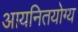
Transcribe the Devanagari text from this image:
आयनितयोग्य